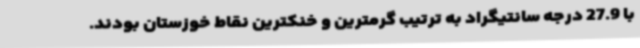
با 27.9 درجه سانتیگراد به ترتیب گرمترین و خنکترین نقاط خوزستان بودند.